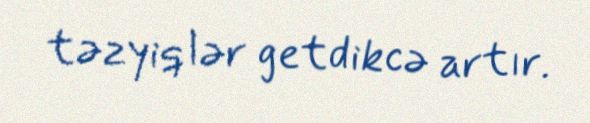
təzyiqlər getdikcə artır.